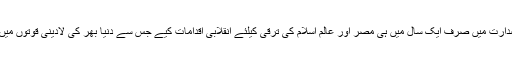
انہوں نے اپنے عرصہ صدارت میں صرف ایک سال میں ہی مصر اور عالم اسلام کی ترقی کیلئے انقلابی اقدامات کیے جس سے دنیا بھر کی لادینی قوتوں میں تشویش کی لہر دوڑ گئی۔